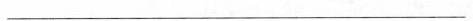
___